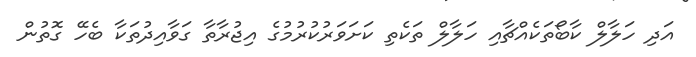
އަދި ހަލާލް ކާބޯތަކެއްޗާއި ހަލާލް ތަކެތި ކަށަވަރުކުރުމުގެ އިޖުރާތާ ގަވާއިދުތަކާ ބެހޭ ގޮތުން